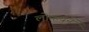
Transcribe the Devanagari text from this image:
लोकधुनें